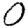
Digit: 0